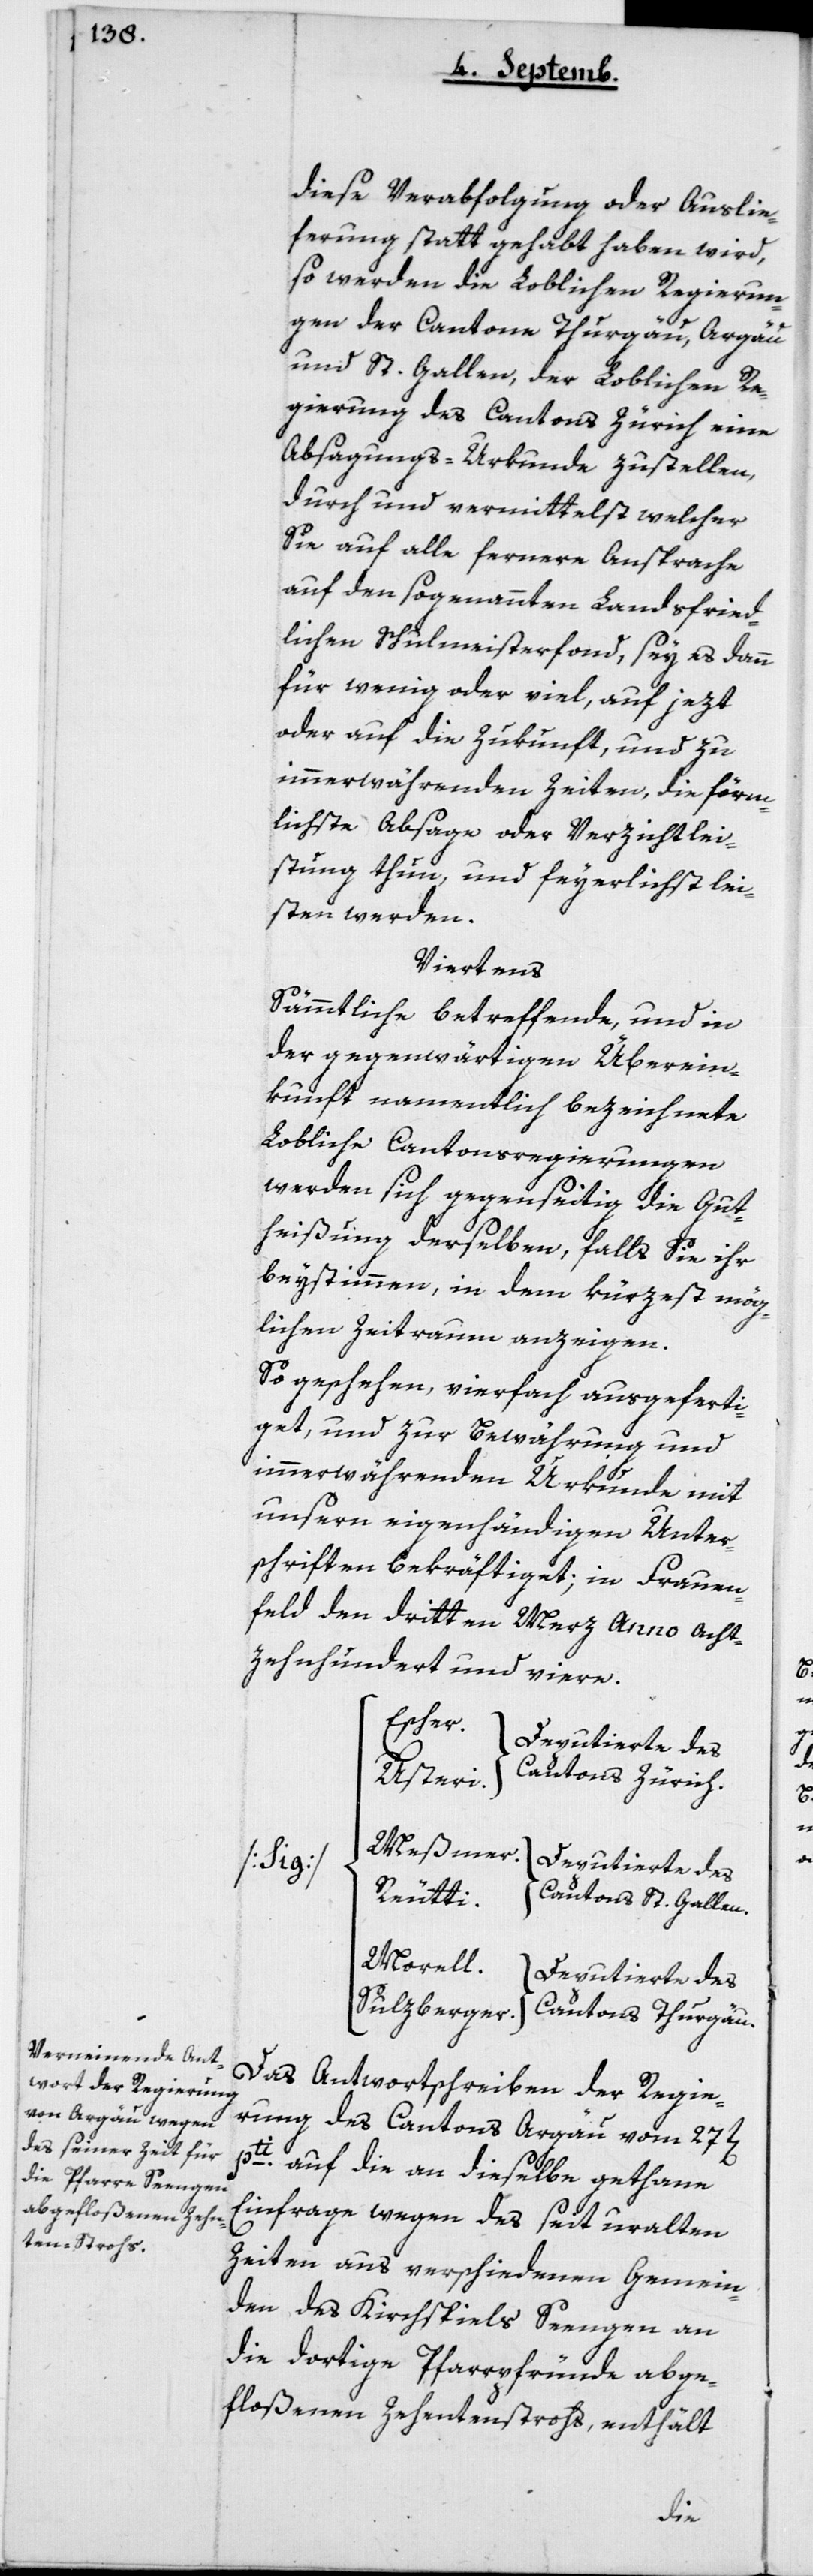
diese Verabfolgung oder Auslie¬
ferung stattgehabt haben wird,
so werden die Loblichen Regierun¬
gen der Cantone Thurgau, Argau
und St. Gallen, der Loblichen Re¬
gierung des Cantons Zürich eine
Absagungs-Urkunde zustellen,
durch und vermittelst welcher
Sie auf alle fernere Ansprache
auf den sogenannten Landsfried¬
lichen Schulmeister-Fonds, sey es dann
für wenig oder viel, auf jezt
oder auf die Zukunft und zu
immerwährenden Zeiten, die förm¬
lichste Absage oder Verzichtlei¬
stung thun, und feierlichst lei¬
sten werden.
Viertens
Sämmtliche betreffende, und in
der gegenwärtigen Überein¬
kunft namentlich bezeichnete
Lobliche Cantonsregierungen
werden sich gegenseitig die Gut¬
heißung derselben, falls sie ihr
beystimmen, in dem kürzest mög¬
lichen Zeitraum anzeigen.
So geschehen, vierfach ausgeferti¬
get, und zur Bewährung und
immerwährenden Urkunde mit
unsern eigenhändigen Unter¬
schriften bekräftiget; in Frauen¬
feld den dritten Merz anno Acht¬
zehnhundert und viere.
Escher,
Deputierte des
Cantons Zürich.
Usteri,
Meßmer,
Reutti,
Cantons St. Gallen.
Morell,
Deputierte des
Das Antwortschreiben der Regie¬
rung des Cantons Argau vom 27ten
pti auf die an dieselbe gethane
Einfrage wegen des seit uralten
Zeiten aus verschiedenen Gemein¬
den des Kirchspiels Seengen an
die dortige Pfarrpfründe abge¬
floßenen Zehentenstrohs, enthält